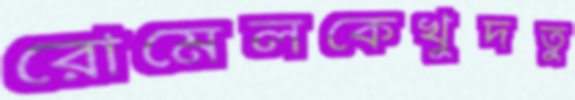
রোমেলকেখুদতু